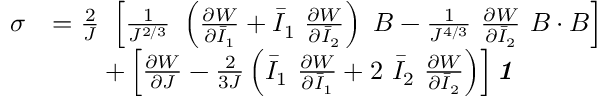
{ \begin{array} { r l } { { \boldsymbol { \sigma } } } & { = { \frac { 2 } { J } } ~ \left[ { \frac { 1 } { J ^ { 2 / 3 } } } ~ \left( { \frac { \partial W } { \partial { \bar { I } } _ { 1 } } } + { \bar { I } } _ { 1 } ~ { \frac { \partial W } { \partial { \bar { I } } _ { 2 } } } \right) ~ { \boldsymbol { B } } - { \frac { 1 } { J ^ { 4 / 3 } } } ~ { \frac { \partial W } { \partial { \bar { I } } _ { 2 } } } ~ { \boldsymbol { B } } \cdot { \boldsymbol { B } } \right] } \\ & { \qquad + \left[ { \frac { \partial W } { \partial J } } - { \frac { 2 } { 3 J } } \left( { \bar { I } } _ { 1 } ~ { \frac { \partial W } { \partial { \bar { I } } _ { 1 } } } + 2 ~ { \bar { I } } _ { 2 } ~ { \frac { \partial W } { \partial { \bar { I } } _ { 2 } } } \right) \right] { \boldsymbol { \mathit { 1 } } } } \end{array} }